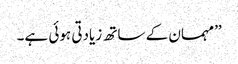
’’مہمان کے ساتھ زیادتی ہوئی ہے۔